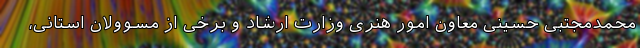
محمدمجتبی حسینی معاون امور هنری وزارت ارشاد و برخی از مسوولان استانی،